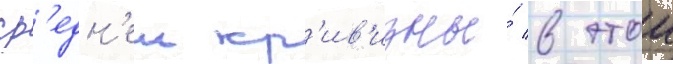
ср'едн'еи кр'ив'изны́ в этои